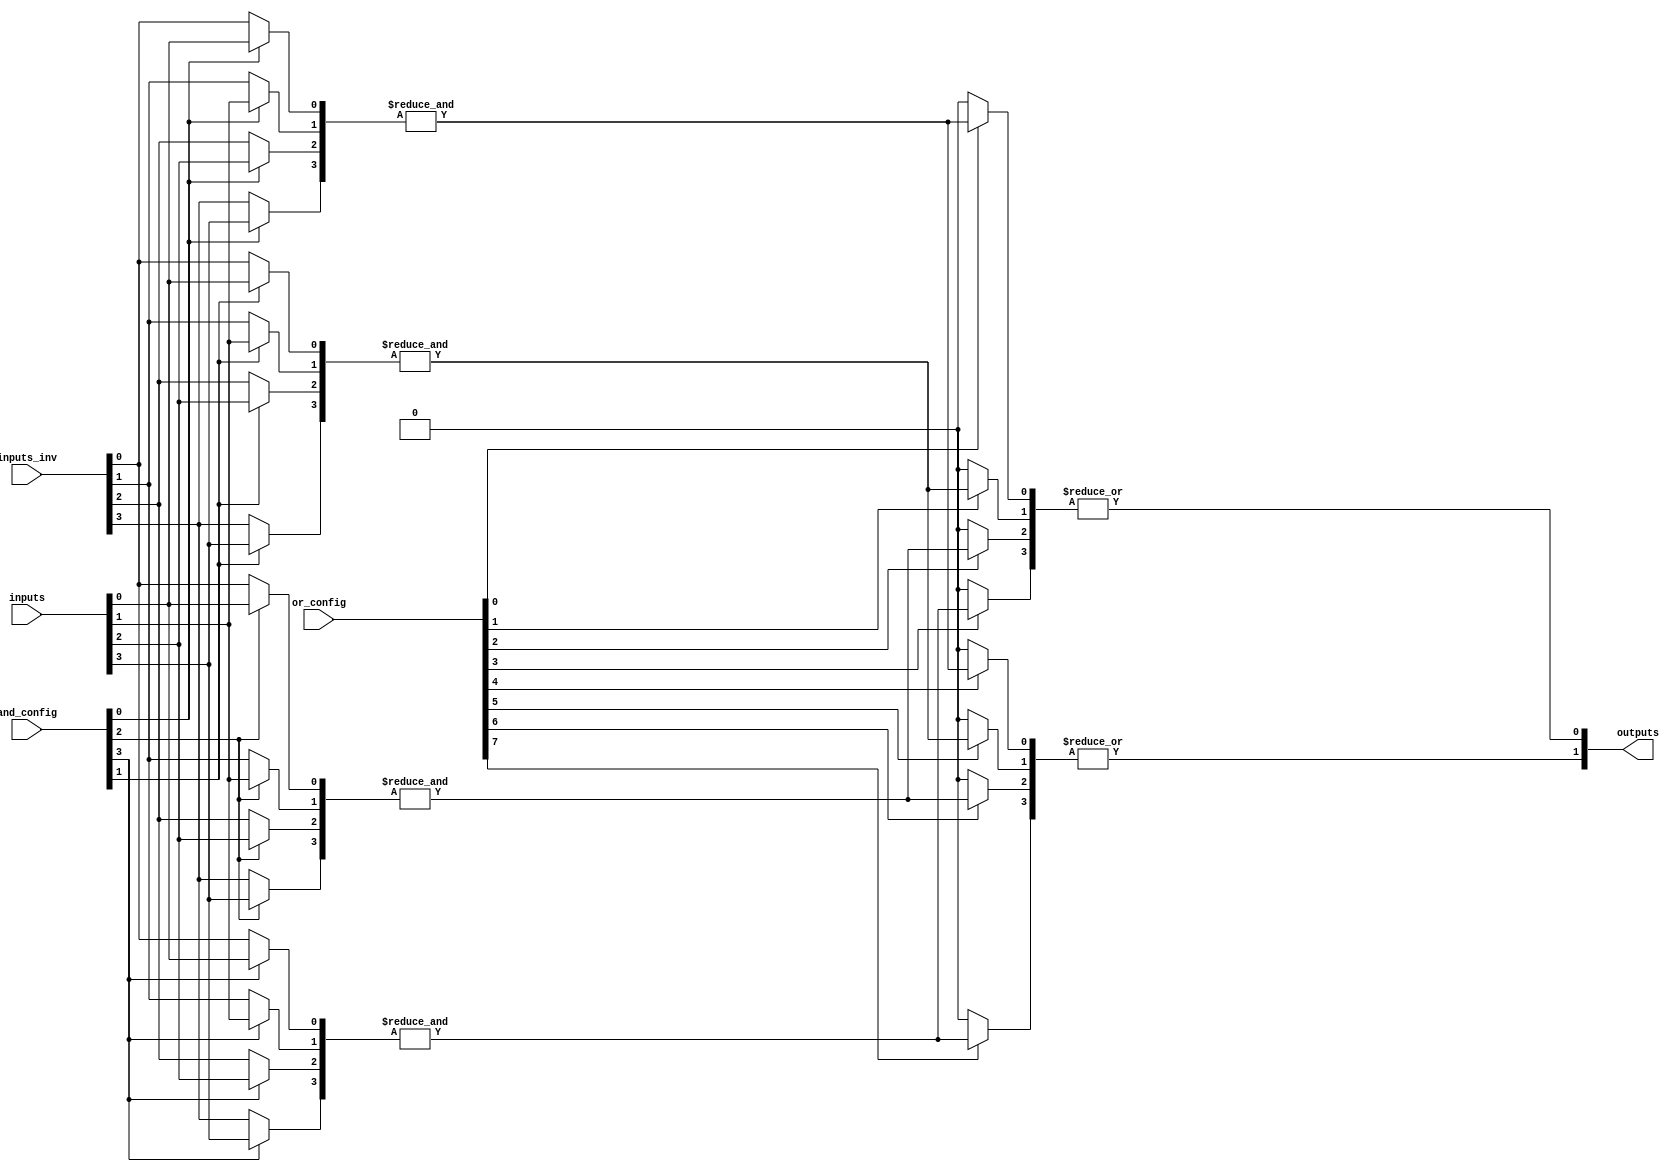
module PLA #(parameter N = 4,          // Number of inputs
             parameter M = 2,          // Number of outputs
             parameter P = 4)          // Number of AND gates
(
    input  wire [N-1:0] inputs,       // Input signals
    input  wire [N-1:0] inputs_inv,   // Inverted inputs
    input  wire [P-1:0] and_config,    // AND gate configuration
    input  wire [M*P-1:0] or_config,   // OR gate configuration
    output wire [M-1:0] outputs        // Output signals
);

// Declare the AND array
wire [P-1:0] and_outputs;

// Generate AND gates
genvar i, j;
generate
    for (i = 0; i < P; i = i + 1) begin : and_gate
        wire [N-1:0] and_input;
        
        // Select inputs based on configuration
        for (j = 0; j < N; j = j + 1) begin : input_selection
            assign and_input[j] = and_config[i] ? inputs[j] : inputs_inv[j];
        end
        
        assign and_outputs[i] = &and_input; // AND operation
    end
endgenerate

// Declare the OR array
generate
    for (i = 0; i < M; i = i + 1) begin : or_gate
        wire [P-1:0] or_input;
        
        // Select AND outputs based on configuration
        for (j = 0; j < P; j = j + 1) begin : output_selection
            assign or_input[j] = or_config[i * P + j] ? and_outputs[j] : 1'b0;
        end
        
        assign outputs[i] = |or_input; // OR operation
    end
endgenerate

endmodule